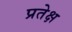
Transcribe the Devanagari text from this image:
प्रतेक्ष